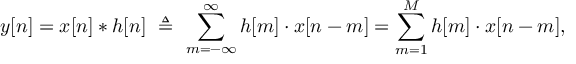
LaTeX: y [ n ] = x [ n ] * h [ n ] \ \triangleq \ \sum _ { m = - \infty } ^ { \infty } h [ m ] \cdot x [ n - m ] = \sum _ { m = 1 } ^ { M } h [ m ] \cdot x [ n - m ] ,